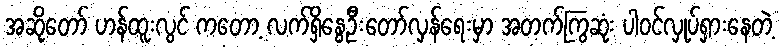
အဆိုတော် ဟန်ထူးလွင် ကတော့ လက်ရှိနွေဦးတော်လှန်ရေးမှာ အတက်ကြွဆုံး ပါဝင်လှုပ်ရှားနေတဲ့